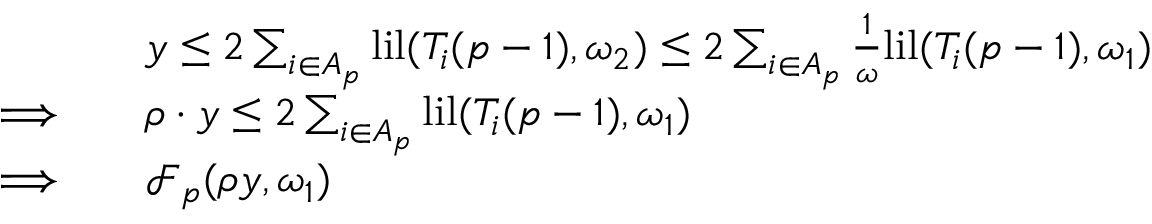
\begin{array} { r l } & { y \leq 2 \sum _ { i \in A _ { p } } \mathrm { l i l } ( T _ { i } ( p - 1 ) , \omega _ { 2 } ) \leq 2 \sum _ { i \in A _ { p } } \frac { 1 } { \omega } \mathrm { l i l } ( T _ { i } ( p - 1 ) , \omega _ { 1 } ) } \\ { \Longrightarrow \quad } & { \rho \cdot y \leq 2 \sum _ { i \in A _ { p } } \mathrm { l i l } ( T _ { i } ( p - 1 ) , \omega _ { 1 } ) } \\ { \Longrightarrow \quad } & { \mathcal { F } _ { p } ( \rho y , \omega _ { 1 } ) } \end{array}